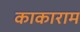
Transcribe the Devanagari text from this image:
काकाराम